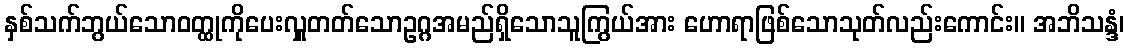
နှစ်သက်ဘွယ်သောဝတ္ထုကိုပေးလှူတတ်သောဥဂ္ဂအမည်ရှိသောသူကြွယ်အား ဟောရာဖြစ်သောသုတ်လည်းကောင်း။ အဘိသန္ဒံ၊